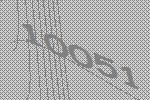
10051